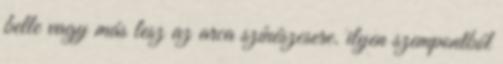
belle vagy más lesz az arca színészcsere. ilyen szempontból